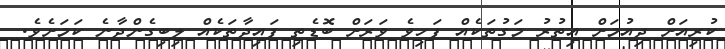
ކުރިއަށް ދިއުމަށް އިތުރު މަގުތަކެއް ފަހިވެ ވަރަށް ބޮޑެތި ފައިދާތަކެއް ލިބިގެންދާނެ ކަމަށެވެ.